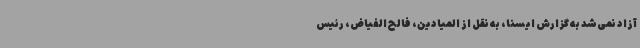
آزاد نمی‌شد به گزارش ایسنا، به نقل از المیادین، فالح الفیاض، رئیس